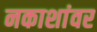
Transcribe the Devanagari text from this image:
नकाशांवर